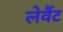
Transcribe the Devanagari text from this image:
लेवैंट